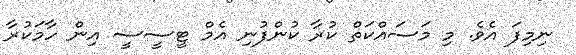
ނިމިފަ އެވެ. މި މަސައްކަތް ކުރާ ކުންފުނި އެމް ޓީސީސީ އިން ހާމަކުރާ